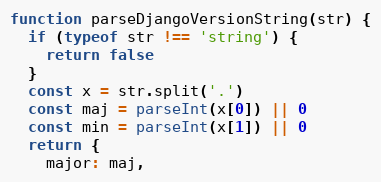
Language: JavaScript
function parseDjangoVersionString(str) {
  if (typeof str !== 'string') {
    return false
  }
  const x = str.split('.')
  const maj = parseInt(x[0]) || 0
  const min = parseInt(x[1]) || 0
  return {
    major: maj,